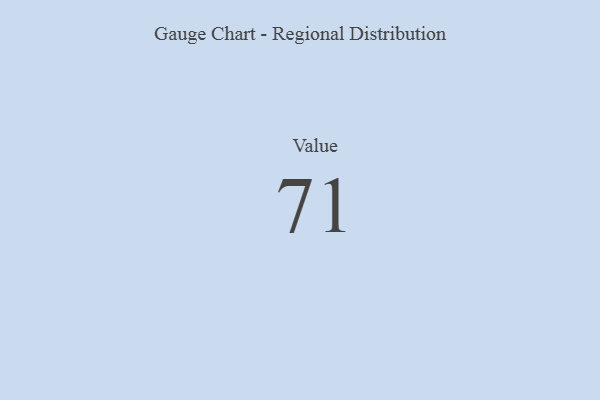
{"axis": {"x": "Metric", "y": "Value"}, "legend": [""], "data": [{"x": "Value", "y": 71, "type": ""}]}